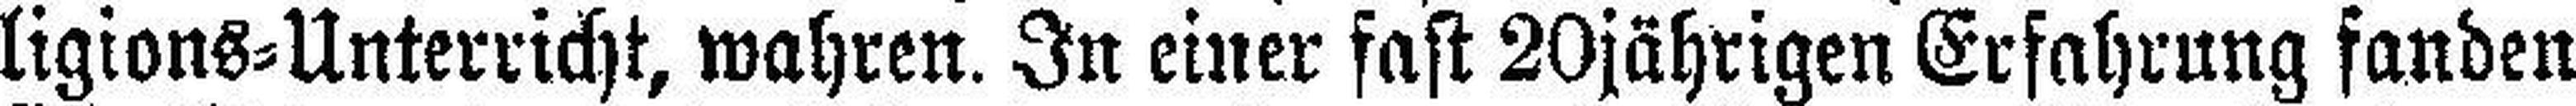
ligions=Unterricht, wahren. In einer fast 20jährigen Erfahrung fanden